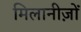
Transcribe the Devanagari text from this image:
मिलानीज़ों